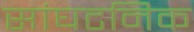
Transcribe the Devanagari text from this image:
सांघटनिक